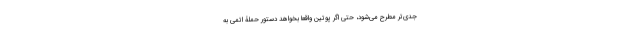
جدی‌تر مطرح می‌شود، حتی اگر پوتین واقعا بخواهد دستور حملۀ اتمی به